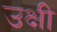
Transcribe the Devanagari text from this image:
उक्षी